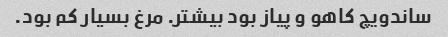
ساندویچ کاهو و پیاز بود بیشتر. مرغ بسیار کم بود.